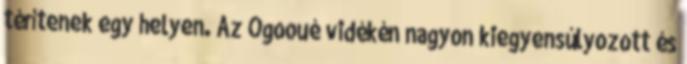
térítenek egy helyen. Az Ogooué vidékén nagyon kiegyensúlyozott és